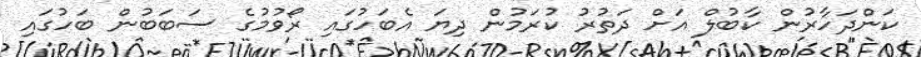
ކަންދަހާރުން ކާބުލް އަށް ދަތުރު ކުރަމުން ދިޔަ އެބަހުގައި ރޯވުމުގެ ސަބަބުން ބަހުގައި